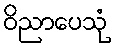
ဝိညာပေသုံ